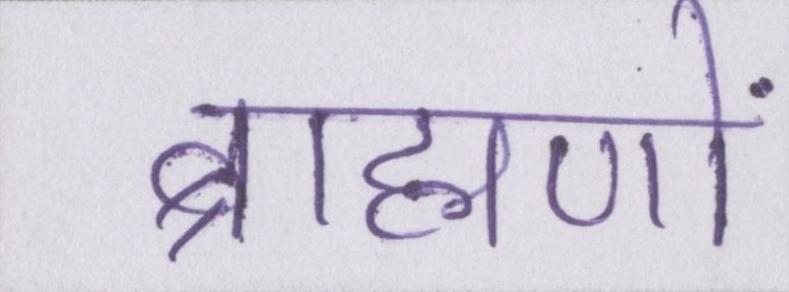
ब्राह्मणों